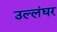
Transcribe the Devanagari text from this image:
उल्लंघर